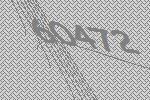
60472